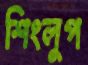
শিংলুপ